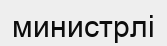
министрлі